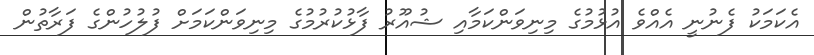
އެކަމަކު ފެނުނީ އެއްވެ އުޅުމުގެ މިނިވަންކަމާއި ޝުއޫރު ފާޅުކުރުމުގެ މިނިވަންކަމަށް ފުލުހުންގެ ފަރާތުން